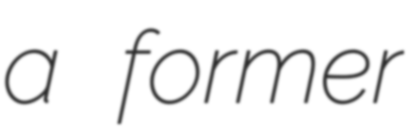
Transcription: a former